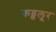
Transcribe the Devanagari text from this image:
कड्डलूर